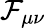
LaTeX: \mathcal{F}_{\mu\nu}